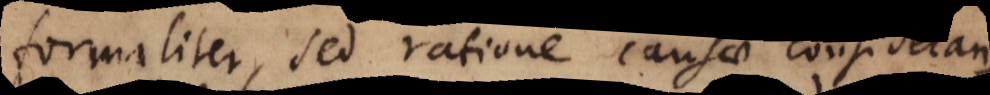
formaliter, sed ratione causae considerando,